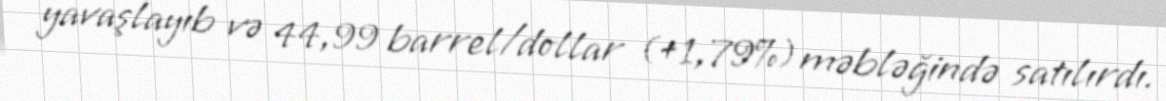
yavaşlayıb və 44,99 barrel/dollar (+1,79%) məbləğində satılırdı.